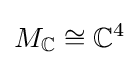
M_{\mathbb {C} }\cong \mathbb {C} ^{4}